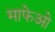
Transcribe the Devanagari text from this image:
माफेओ